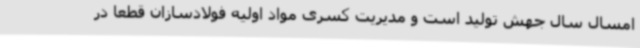
امسال سال جهش تولید است و مدیریت کسری مواد اولیه فولادسازان قطعا در